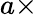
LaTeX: a\times